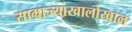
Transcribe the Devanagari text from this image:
साम्राज्याखालोखाल